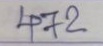
472